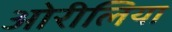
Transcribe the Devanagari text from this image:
ओरीलिया